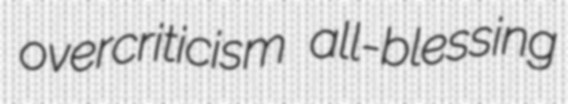
overcriticism all-blessing